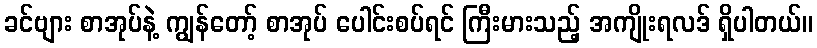
ခင်ဗျား စာအုပ်နဲ့ ကျွန်တော့် စာအုပ် ပေါင်းစပ်ရင် ကြီးမားသည့် အကျိုးရလဒ် ရှိပါတယ်။